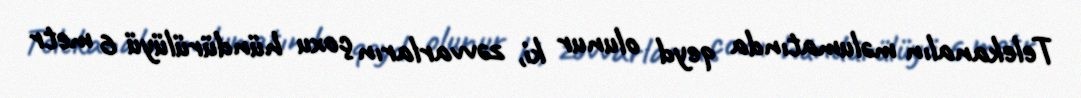
Telekanalın məlumatında qeyd olunur ki, zəvvarların çoxu hündürülüyü 6 metr